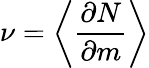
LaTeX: \nu=\left<\frac{\partial N}{\partial m}\right>